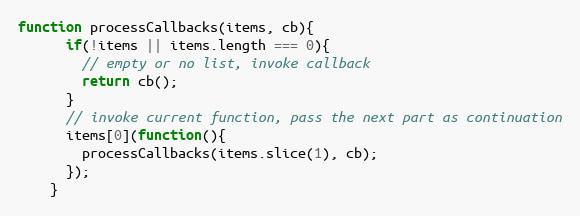
Language: JavaScript
function processCallbacks(items, cb){
      if(!items || items.length === 0){
        // empty or no list, invoke callback
        return cb();
      }
      // invoke current function, pass the next part as continuation
      items[0](function(){
        processCallbacks(items.slice(1), cb);
      });
    }